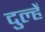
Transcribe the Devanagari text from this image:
दुल्हेँ